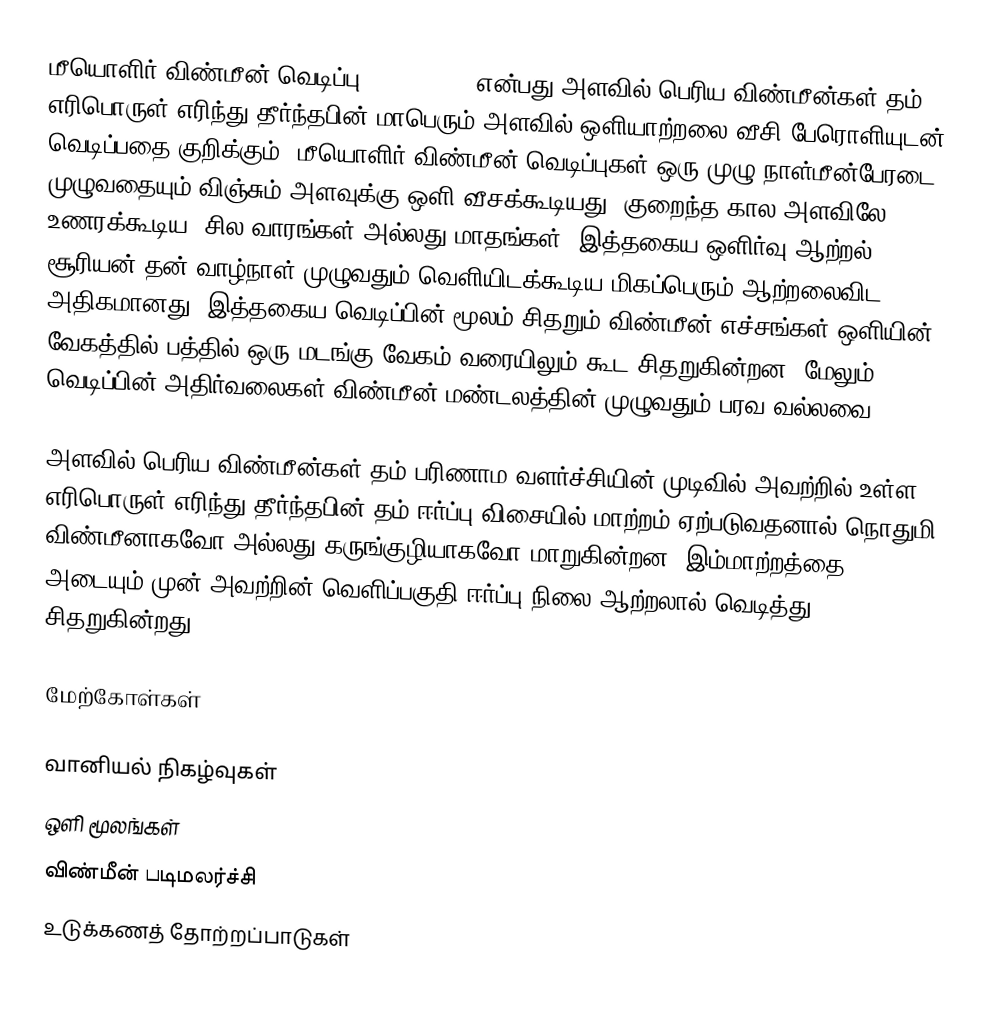
மீயொளிர் விண்மீன் வெடிப்பு (supernova) என்பது அளவில் பெரிய விண்மீன்கள் தம் எரிபொருள் எரிந்து தீர்ந்தபின் மாபெரும் அளவில் ஒளியாற்றலை வீசி பேரொளியுடன் வெடிப்பதை குறிக்கும். மீயொளிர் விண்மீன் வெடிப்புகள் ஒரு முழு நாள்மீன்பேரடை முழுவதையும் விஞ்சும் அளவுக்கு ஒளி வீசக்கூடியது. குறைந்த கால அளவிலே உணரக்கூடிய (சில வாரங்கள் அல்லது மாதங்கள்) இத்தகைய ஒளிர்வு ஆற்றல், சூரியன் தன் வாழ்நாள் முழுவதும் வெளியிடக்கூடிய மிகப்பெரும் ஆற்றலைவிட அதிகமானது. இத்தகைய வெடிப்பின் மூலம் சிதறும் விண்மீன் எச்சங்கள் ஒளியின் வேகத்தில் பத்தில் ஒரு மடங்கு வேகம் வரையிலும் கூட சிதறுகின்றன. மேலும் வெடிப்பின் அதிர்வலைகள் விண்மீன் மண்டலத்தின் முழுவதும் பரவ வல்லவை.

அளவில் பெரிய விண்மீன்கள் தம் பரிணாம வளர்ச்சியின் முடிவில் அவற்றில் உள்ள எரிபொருள் எரிந்து தீர்ந்தபின் தம் ஈர்ப்பு விசையில் மாற்றம் ஏற்படுவதனால் நொதுமி விண்மீனாகவோ அல்லது கருங்குழியாகவோ மாறுகின்றன. இம்மாற்றத்தை அடையும் முன் அவற்றின் வெளிப்பகுதி ஈர்ப்பு நிலை ஆற்றலால் வெடித்து சிதறுகின்றது.

மேற்கோள்கள்

வானியல் நிகழ்வுகள்
ஒளி மூலங்கள்
விண்மீன் படிமலர்ச்சி
உடுக்கணத் தோற்றப்பாடுகள்